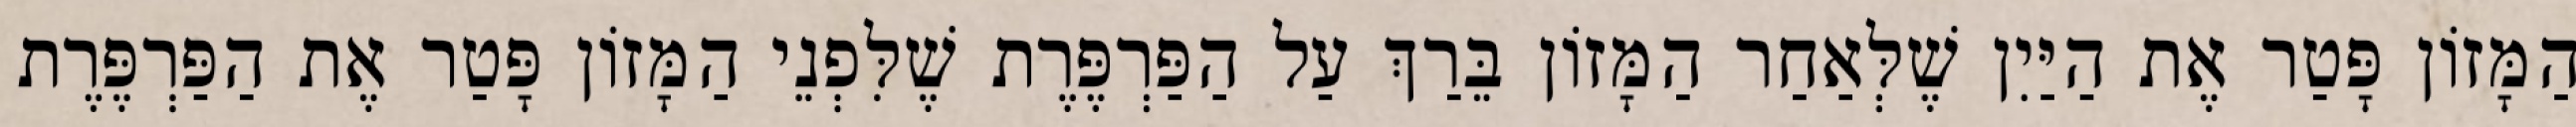
הַמָּזוֹן פָּטַר אֶת הַיַּיִן שֶׁלְּאַחַר הַמָּזוֹן בֵּרַךְ עַל הַפַּרְפֶּרֶת שֶׁלִּפְנֵי הַמָּזוֹן פָּטַר אֶת הַפַּרְפֶּרֶת